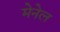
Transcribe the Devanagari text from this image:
मेनेल